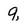
Character: q